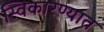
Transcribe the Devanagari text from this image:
स्विकारण्यात